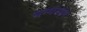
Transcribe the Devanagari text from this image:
ग्रन्थताल